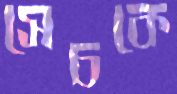
সেচকে